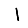
Digit: 1